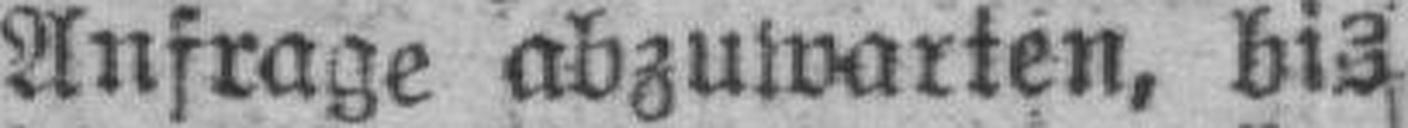
Anfrage abzuwarten, bis